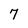
Character: 7